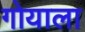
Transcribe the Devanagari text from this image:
गोयाला